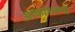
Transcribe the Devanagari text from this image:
आकाशरूपी